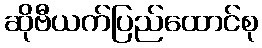
ဆိုဗီယက်ပြည်ထောင်စု